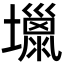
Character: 𡒏